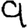
Digit: 9